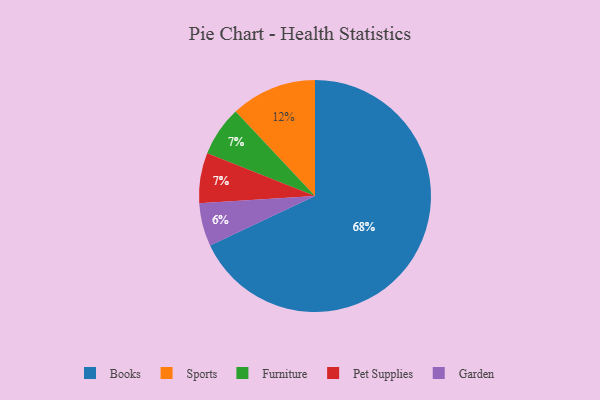
{"axis": {"x": "Category", "y": "Percentage"}, "legend": ["Books", "Furniture", "Garden", "Pet Supplies", "Sports"], "data": [{"x": "Furniture", "y": 7, "type": "Furniture"}, {"x": "Pet Supplies", "y": 7, "type": "Pet Supplies"}, {"x": "Sports", "y": 12, "type": "Sports"}, {"x": "Books", "y": 68, "type": "Books"}, {"x": "Garden", "y": 6, "type": "Garden"}]}